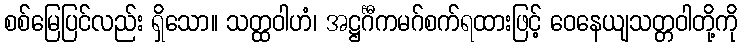
စစ်မြေပြင်လည်း ရှိသော။ သတ္ထဝါဟံ၊ အဋ္ဌင်္ဂီကမဂ်စက်ရထားဖြင့် ဝေနေယျသတ္တဝါတို့ကို